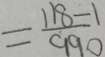
= \frac { 1 1 8 - 1 } { 9 9 0 }